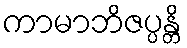
ကာမာဘိဇပ္ပန္တိ